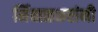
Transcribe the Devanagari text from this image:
निंबाळकरांनी